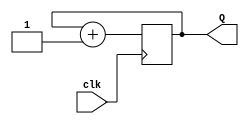
module two_bit_counter(
	input clk, // slow clock
	output reg [1:0] Q
	);
	reg [1:0] temp=0; // initially counter is set to 0
	always @(posedge clk) // when positive edge of the clock arrives, counter goes up by 1
		begin
		temp=temp+1;
		end
	assign Q=temp; // values of the counter gets stored in Q
	
endmodule